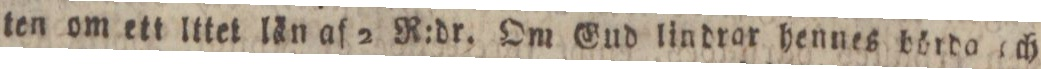
ten om ett lttet län af 2 R:dr. Om Gud lindrar hennes börda och